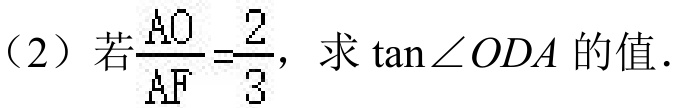
(2) 若\(\frac{AO}{AF}=\frac{2}{3}\)，求\(\tan\angle ODA\)的值.